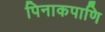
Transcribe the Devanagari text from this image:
पिनाकपाणि